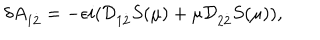
LaTeX: \delta A _ { 1 { \dot { 2 } } } = - \epsilon i ( { \cal D } _ { 1 { \dot { 2 } } } S ( \mu ) + \mu { \cal D } _ { 2 { \dot { 2 } } } S ( \mu ) ) ,